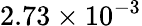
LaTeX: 2.73\times 10^{-3}